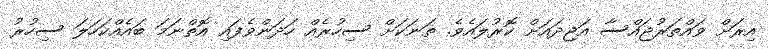
އިރަށް ވައްތަރުޖައްސާ އަޖިދައަށް ކޮރުލައެވެ. ތަނަކަށް ސިހުރެއް ހަދަންވެފައި އޮތްނަމަ ބައެއްކަހަލަ ސިހުރު